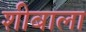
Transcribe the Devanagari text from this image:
शीबाला